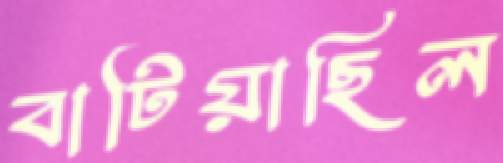
বাটিয়াছিল